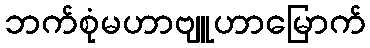
ဘက်စုံမဟာဗျူဟာမြောက်